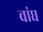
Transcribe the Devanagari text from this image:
चांघ